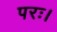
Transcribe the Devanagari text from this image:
परः।